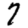
Digit: 7